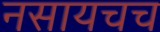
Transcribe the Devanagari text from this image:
नसायचच